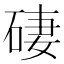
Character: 䃀